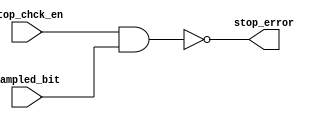
module stop_check(
input stop_chck_en,sampled_bit,
output wire stop_error






);

assign stop_error= ~(stop_chck_en && sampled_bit==1);
endmodule